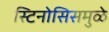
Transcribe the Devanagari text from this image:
स्टिनोसिसमुळे